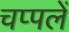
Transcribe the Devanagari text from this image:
चप्‍पलें